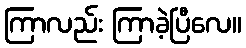
ကြာလည်း ကြာခဲ့ပြီလေ။